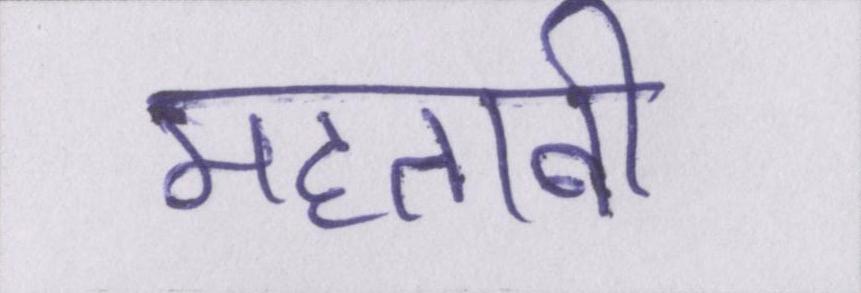
महताबी